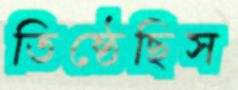
তিষ্ঠেছিস